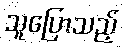
သူပြောသည့်